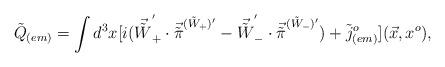
LaTeX: \begin{align*}{\tilde Q}_{(em)}=\int d^3x [i({\vec {\tilde W}}^{'}_{+}\cdot {\vec {\tilde \pi}}^{({\tilde W}_{+}){'}}-{\vec {\tilde W}}^{'}_{-}\cdot {\vec {\tilde \pi}}^{({\tilde W}_{-}){'}})+ {\tilde j}^o_{(em)}](\vec x,x^o),\end{align*}